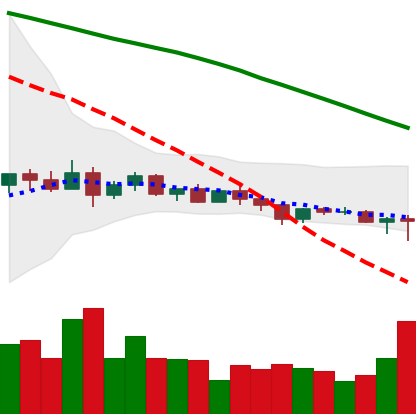
Ticker: XLM-USD
Chart end date: 2022-12-13
Forward return: -8.807%
Label: down_7plus